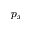
p _ { x }